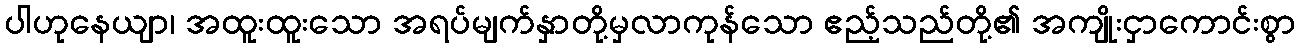
ပါဟုနေယျာ၊ အထူးထူးသော အရပ်မျက်နှာတို့မှလာကုန်သော ဧည့်သည်တို့၏ အကျိုးငှာကောင်းစွာ